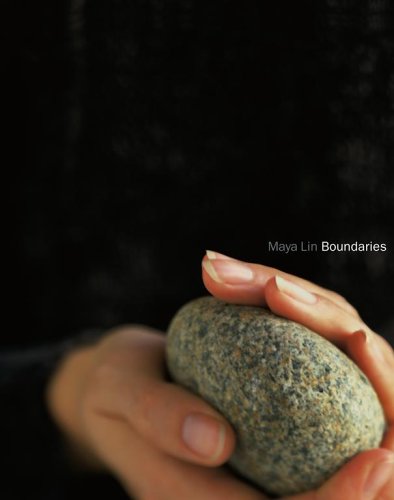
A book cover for Boundaries; Maya Lin; Arts & Photography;